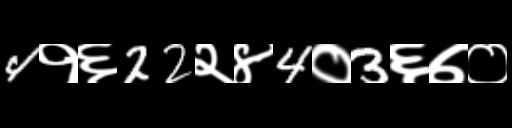
Text: 4१६22२४4०3६७०